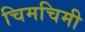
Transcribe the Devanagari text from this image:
चिमचिमी